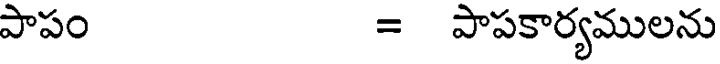
పాపం = పాపకార్యములను